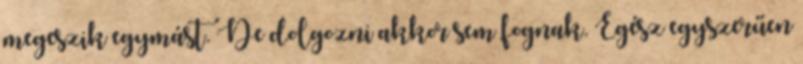
megeszik egymást. De dolgozni akkor sem fognak. Egész egyszerűen